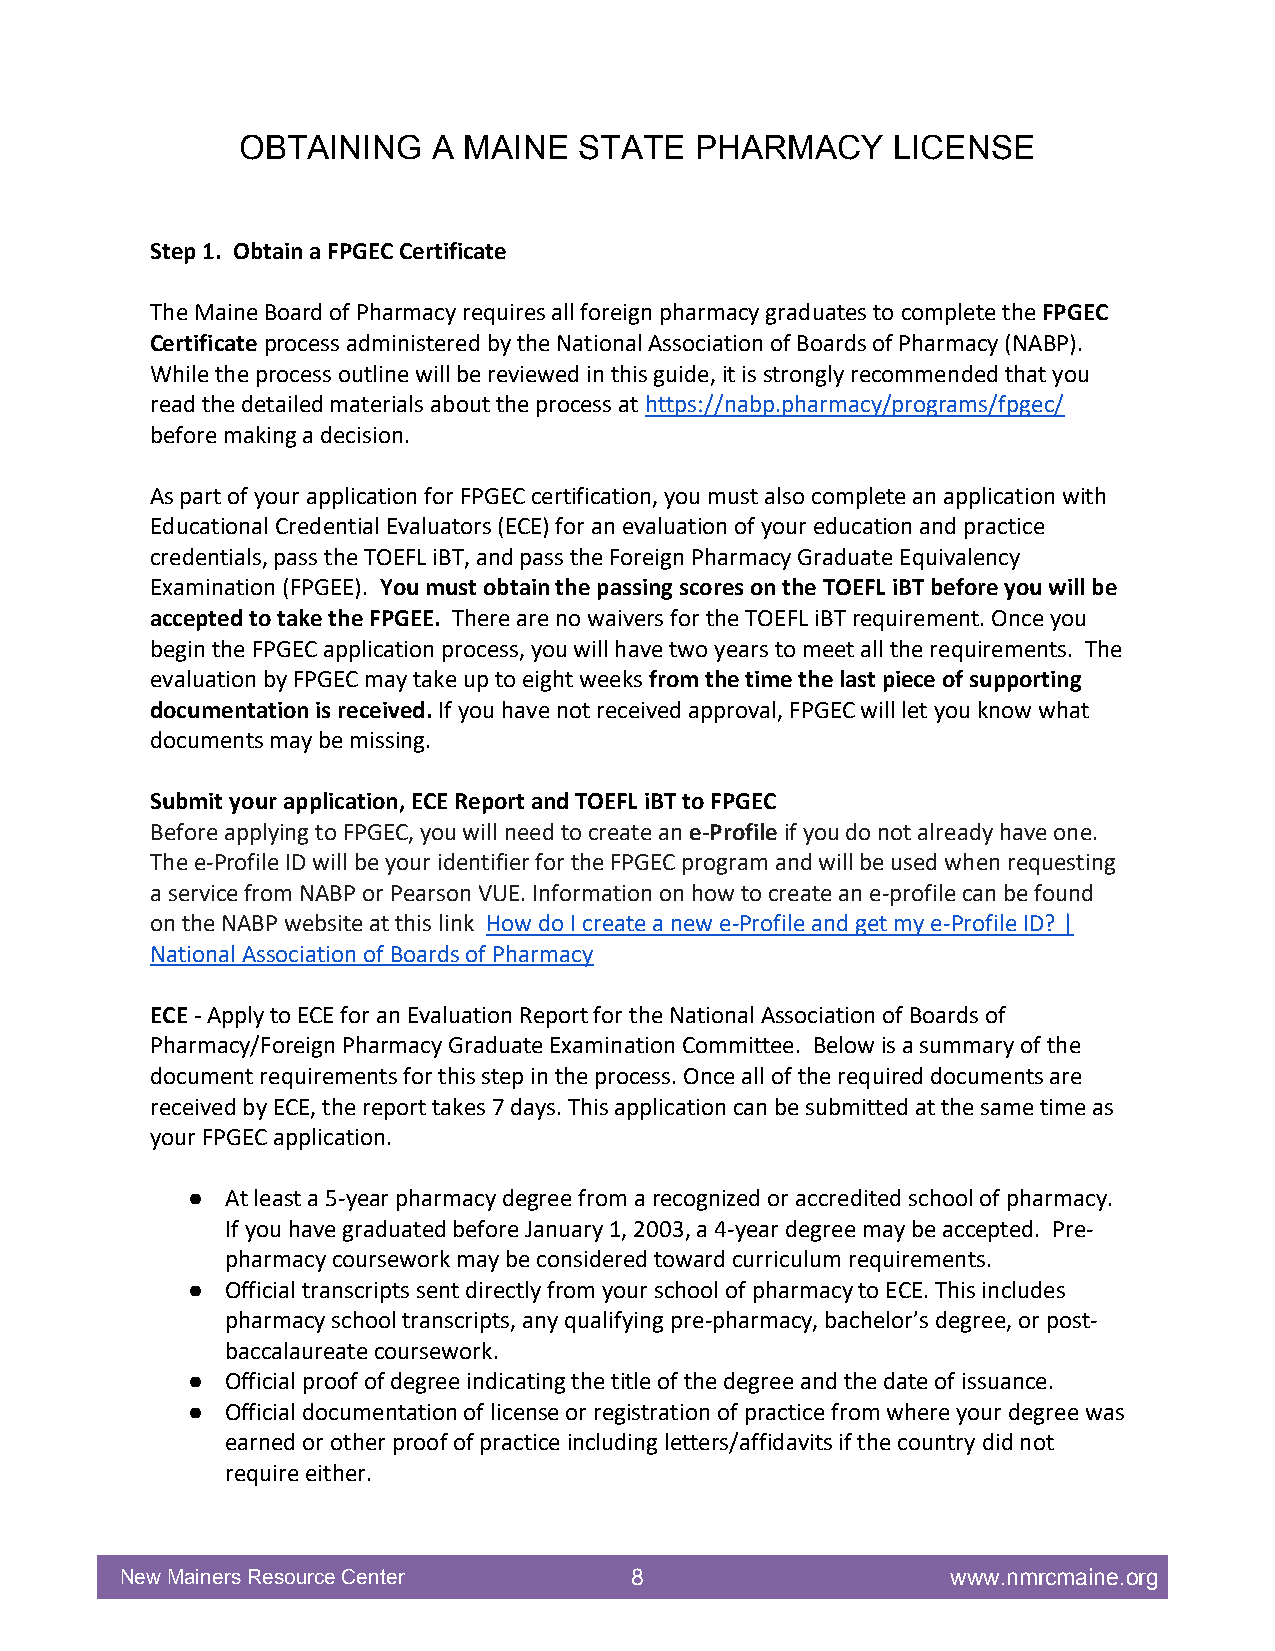
OBTAINING    A MAINE  STATE   PHARMACY     LICENSE
 Step 1. Obtain a FPGEC Certificate
 The Maine Board of Pharmacy requires all foreign pharmacy graduates to complete the FPGEC
 Certificate process administered by the National Association of Boards of Pharmacy (NABP).
 While the process outline will be reviewed in this guide, it is strongly recommended that you
 read the detailed materials about the process at https://nabp.pharmacy/programs/fpgec/
 before making a decision.
 As part of your application for FPGEC certification, you must also complete an application with
 Educational Credential Evaluators (ECE) for an evaluation of your education and practice
 credentials, pass the TOEFL iBT, and pass the Foreign Pharmacy Graduate Equivalency
 Examination (FPGEE). You must obtain the passing scores on the TOEFL iBT before you will be
 accepted to take the FPGEE. There are no waivers for the TOEFL iBT requirement. Once you
 begin the FPGEC application process, you will have two years to meet all the requirements. The
 evaluation by FPGEC may take up to eight weeks from the time the last piece of supporting
 documentation is received. If you have not received approval, FPGEC will let you know what
 documents may be missing.
 Submit your application, ECE Report and TOEFL iBT to FPGEC
 Before applying to FPGEC, you will need to create an e-Profile if you do not already have one.
 The e-Profile ID will be your identifier for the FPGEC program and will be used when requesting
 a service from NABP or Pearson VUE. Information on how to create an e-profile can be found
 on the NABP website at this link How do I create a new e-Profile and get my e-Profile ID? |
 National Association of Boards of Pharmacy
 ECE - Apply to ECE for an Evaluation Report for the National Association of Boards of
 Pharmacy/Foreign Pharmacy Graduate Examination Committee. Below is a summary of the
 document requirements for this step in the process. Once all of the required documents are
 received by ECE, the report takes 7 days. This application can be submitted at the same time as
 your FPGEC application.
 ●  At least a 5-year pharmacy degree from a recognized or accredited school of pharmacy.
 If you have graduated before January 1, 2003, a 4-year degree may be accepted. Pre-
 pharmacy coursework may be considered toward curriculum requirements.
 ●  Official transcripts sent directly from your school of pharmacy to ECE. This includes
 pharmacy school transcripts, any qualifying pre-pharmacy, bachelor’s degree, or post-
 baccalaureate coursework.
 ●  Official proof of degree indicating the title of the degree and the date of issuance.
 ●  Official documentation of license or registration of practice from where your degree was
 earned or other proof of practice including letters/affidavits if the country did not
 require either.
 New Mainers Resource Center       8                    www.nmrcmaine.org